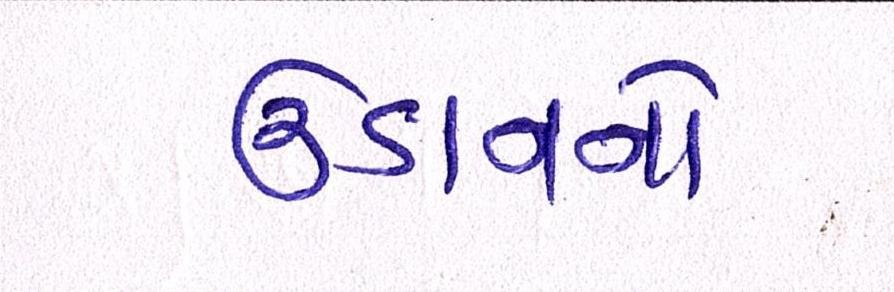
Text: ઉડાનનો